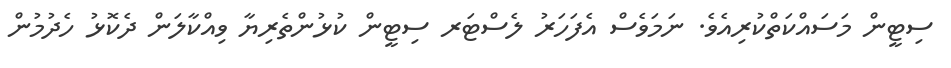
ސިޓީން މަސައްކަތްކުރިއެވެ. ނަމަވެސް އެފަހަރު ލެސްޓަރ ސިޓީން ކުޅުންތެރިޔާ ވިއްކާލަން ދެކޮޅު ހެދުމުން